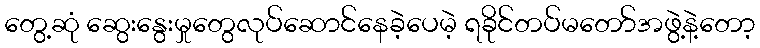
တွေ့ဆုံ ဆွေးနွေးမှုတွေလုပ်ဆောင်နေခဲ့ပေမဲ့ ရခိုင်တပ်မတော်အဖွဲ့နဲ့တော့